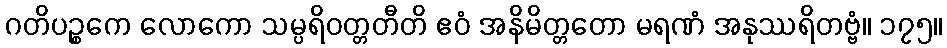
ဂတိပဉ္စကေ လောကော သမ္ပရိဝတ္တတီတိ ဧဝံ အနိမိတ္တတော မရဏံ အနုဿရိတဗ္ဗံ။ ၁၇၅။